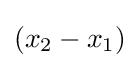
(x_{2}-x_{1})